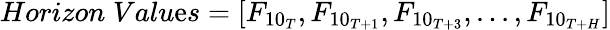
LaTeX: Horizon\; Valu\mathrm{e}s=[F_{{10}_{T}},F_{{10}_{T+1}},F_{{10}_{T+3}},...,F_{{10}_{T+H}}]